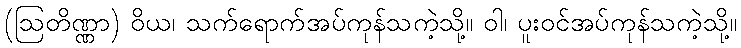
(ဩတိဏ္ဏာ) ဝိယ၊ သက်ရောက်အပ်ကုန်သကဲ့သို့။ ဝါ၊ ပူးဝင်အပ်ကုန်သကဲ့သို့။